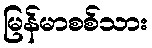
မြန်မာစစ်သား